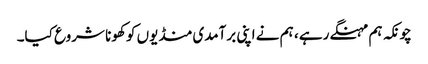
چونکہ ہم مہنگے رہے ، ہم نے اپنی برآمدی منڈیوں کو کھونا شروع کیا۔